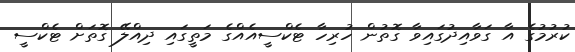
ކުރުމުގެ އާ ގަވާއިދުގައިވާ ގޮތުން ހުރިހާ ޓެކްސީއެއްގެ މަތީގައި ދިއްލޭ ގޮތަށް ޓެކްސީ